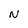
Character: N